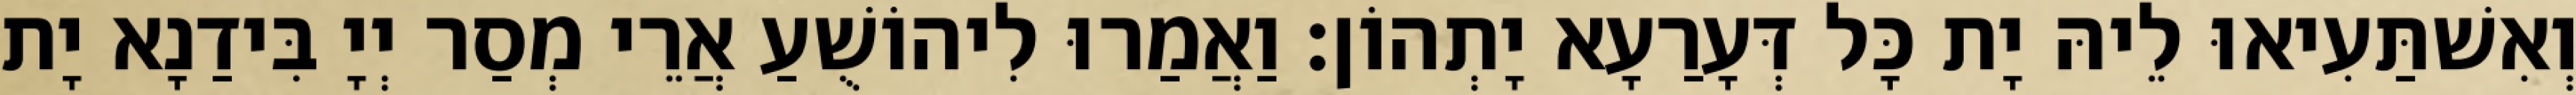
וְאִשׁתַּעִיאוּ לֵיהּ יָת כָּל דְּעָרַעָא יָתְהוֹן׃ וַאֲמַרוּ לִיהוֹשֻׁעַ אֲרֵי מְסַר יְיָ בִּידַנָא יָת